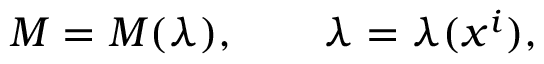
M = M ( \lambda ) , \qquad \lambda = \lambda ( x ^ { i } ) ,